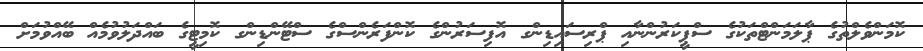
ކޮމަންވެލްތުގެ ޕާލަމަންޓްތަކުގެ ސްޕީކަރުންނާއި ޕްރިސައިޑިންގ އޮފިސަރުންގެ ކޮންފަރެންސްގެ ސްޓޭންޑިންގ ކޮމިޓީގެ ބައްދަލުވުމެއް ބޭއްވުމަށް